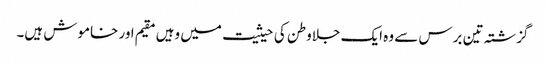
گزشتہ تین برس سے وہ ایک جلاوطن کی حیثیت میں وہیں مقیم اور خاموش ہیں۔